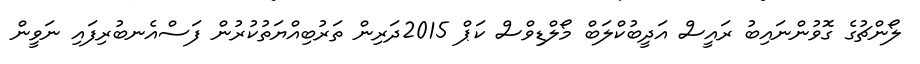
ލޯންޗުގެ ގޮވުންނައިބު ރައީސް އަދީބުކްލަބް މޯލްޑިވްސް ކަޕް 2015ދަރިން ތަރުބިއްޔަތުކުރުން ފަސްއެނބުރިފައި ނަވީން